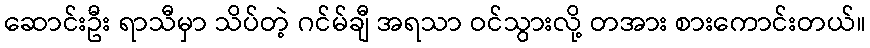
ဆောင်းဦး ရာသီမှာ သိပ်တဲ့ ဂင်မ်ချီ အရသာ ဝင်သွားလို့ တအား စားကောင်းတယ်။